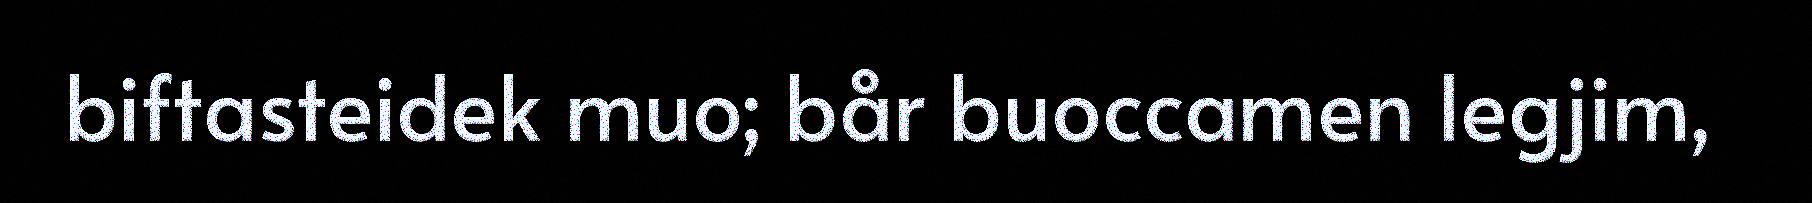
biftasteidek muo; bår buoccamen legjim,